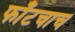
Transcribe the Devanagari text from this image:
फाँटचाच